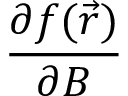
\frac { \partial f ( \vec { r } ) } { \partial B }